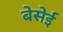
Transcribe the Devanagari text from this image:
बेसेई